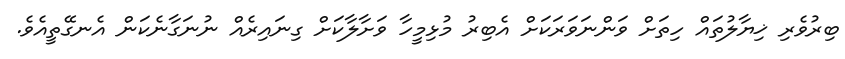
ބިރުވެރި ޚިޔާލުތައް ހިތަށް ވަންނަވަރަކަށް އެބިރު މުޅިމީހާ ވަށާލާކަށް ގިނައިރެއް ނުނަގާނެކަން އެނގޭތީއެވެ.